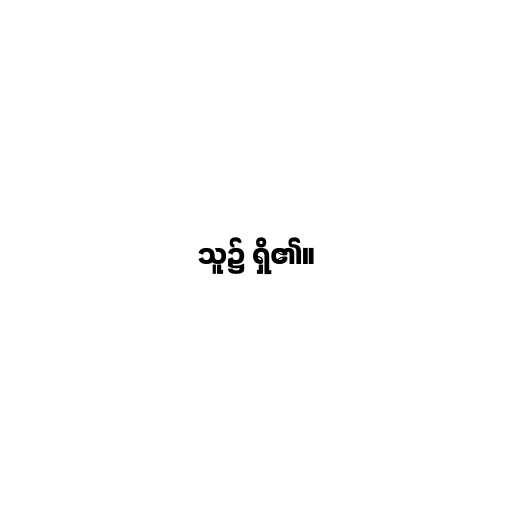
သူ၌ ရှိ၏။